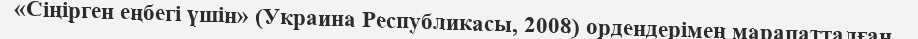
«Сіңірген еңбегі үшін» (Украина Республикасы, 2008) ордендерімен марапатталған .